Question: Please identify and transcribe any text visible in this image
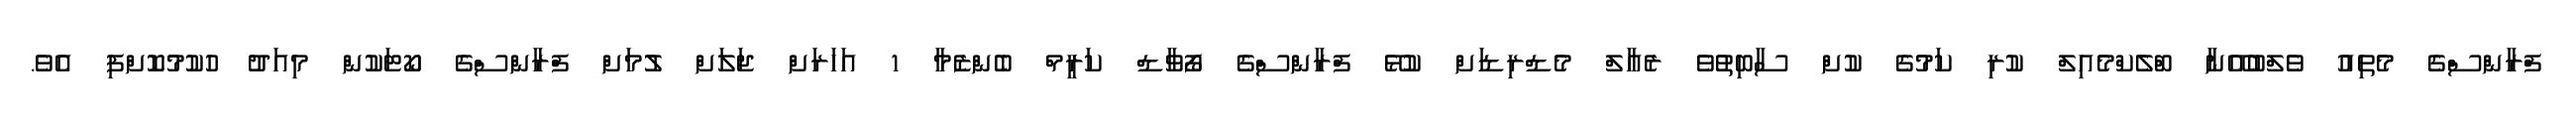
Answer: ފްރާންސްގެ މެތިއު ވެލްބުއޭނާ ބްލެކްމެއިލް ކުރި ކަމުގެ ކުށް ސާބިތުވެ ރެއާލް މެޑްރިޑަށް ކުޅޭ ފްރާންސްގެ ފޯވާޑް ކަރީމް ބެންޒެމާ 1 އަހަރަށް ޖަލަށް ލުމަށް ފްރާންސްގެ ކޯޓަކުން މިއަދު ހުކުމުކޮށްފި އެވެ.